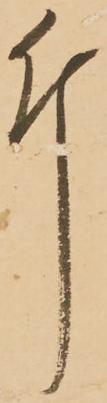
斤